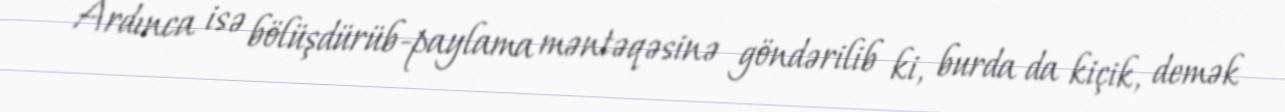
Ardınca isə bölüşdürüb-paylama məntəqəsinə göndərilib ki, burda da kiçik, demək